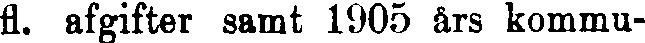
fl. afgifter samt 1905 års kommu-